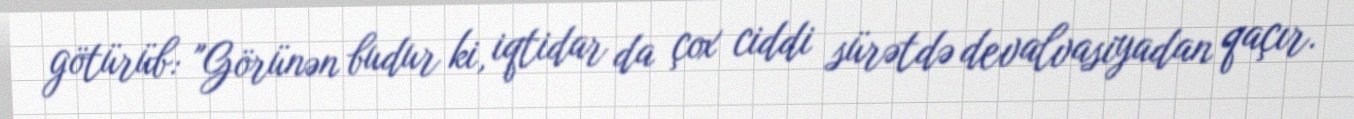
götürüb: "Görünən budur ki, iqtidar da çox ciddi sürətdə devalvasiyadan qaçır.